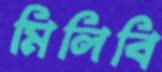
মিলিবি